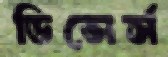
ডিভোর্স